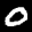
Label: 0